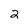
Character: 2